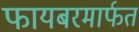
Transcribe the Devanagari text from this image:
फायबरमार्फत